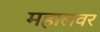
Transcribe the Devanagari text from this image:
महालवर